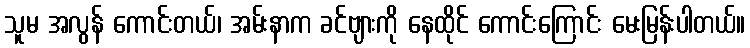
သူမ အလွန် ကောင်းတယ်၊ အမ်းနာက ခင်ဗျားကို နေထိုင် ကောင်းကြောင်း မေးမြန်းပါတယ်။